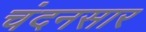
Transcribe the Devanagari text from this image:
चंदनसार